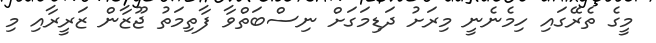
މީގެ ތެރޭގައި ހިމެނެނީ މިރަށު ދަޑިމަގަށް ނިސްބަތްވާ ފާތިމަތު ޖޫޒާން ޒަރީރާއި މި